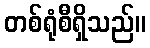
တစ်ရုံစီရှိသည်။